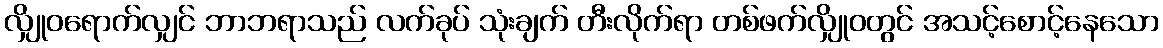
လျှိုဝရောက်လျှင် ဘာဘရာသည် လက်ခုပ် သုံးချက် တီးလိုက်ရာ တစ်ဖက်လျှိုဝတွင် အသင့်စောင့်နေသော